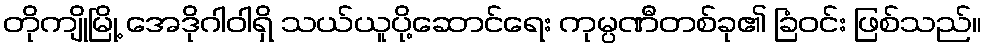
တိုကျိုမြို့ အေဒိုဂါဝါရှိ သယ်ယူပို့ဆောင်ရေး ကုမ္ပဏီတစ်ခု၏ ခြံဝင်း ဖြစ်သည်။